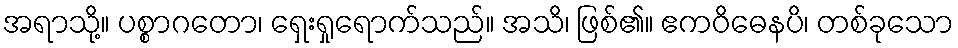
အရာသို့။ ပစ္စာဂတော၊ ရှေးရှုရောက်သည်။ အသိ၊ ဖြစ်၏။ ဧကဝိဓေနပိ၊ တစ်ခုသော